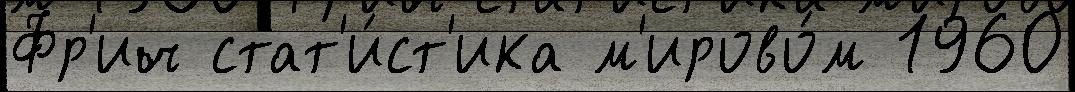
Фр'ич стат'и́ст'ика м'ирово́м 1960